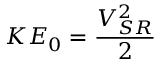
K E _ { 0 } = \frac { V _ { S R } ^ { 2 } } { 2 }